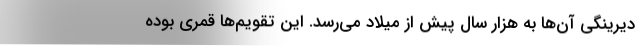
دیرینگی آن‌ها به هزار سال پیش از میلاد می‌رسد. این تقویم‌ها قمری بوده